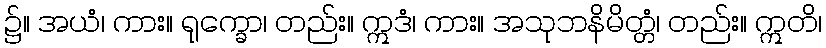
၌။ အယံ၊ ကား။ ရုက္ခော၊ တည်း။ ဣဒံ၊ ကား။ အသုဘနိမိတ္တံ၊ တည်း။ ဣတိ၊